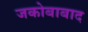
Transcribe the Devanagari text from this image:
जकोबाबाद